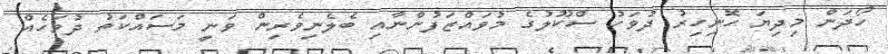
ހޯދަން މިދިޔަ ހޮނިހިރު ދުވަހު ސްކޫލުގެ މުވައްޒަފުންނާއި ބެލެނިވެރިން ވަނީ މަސައްކަތު ދުވަހެއް